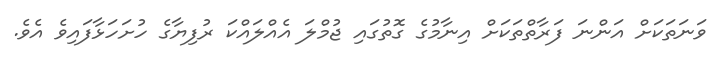
ވަނަތަކަށް އަންނަ ފަރާތްތަކަށް އިނާމުގެ ގޮތުގައި ޖުމްލަ އެއްލައްކަ ރުފިޔާގެ ހުށަހަޅާފައިވެ އެވެ.